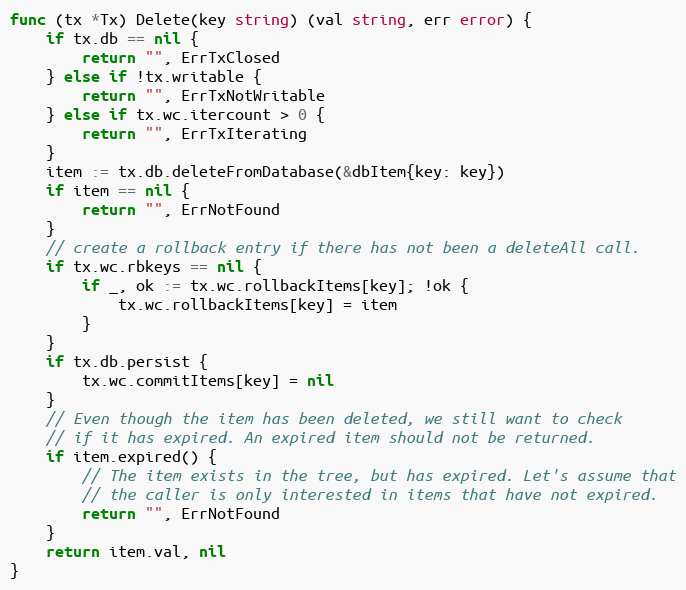
Language: Go
func (tx *Tx) Delete(key string) (val string, err error) {
	if tx.db == nil {
		return "", ErrTxClosed
	} else if !tx.writable {
		return "", ErrTxNotWritable
	} else if tx.wc.itercount > 0 {
		return "", ErrTxIterating
	}
	item := tx.db.deleteFromDatabase(&dbItem{key: key})
	if item == nil {
		return "", ErrNotFound
	}
	// create a rollback entry if there has not been a deleteAll call.
	if tx.wc.rbkeys == nil {
		if _, ok := tx.wc.rollbackItems[key]; !ok {
			tx.wc.rollbackItems[key] = item
		}
	}
	if tx.db.persist {
		tx.wc.commitItems[key] = nil
	}
	// Even though the item has been deleted, we still want to check
	// if it has expired. An expired item should not be returned.
	if item.expired() {
		// The item exists in the tree, but has expired. Let's assume that
		// the caller is only interested in items that have not expired.
		return "", ErrNotFound
	}
	return item.val, nil
}